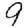
Digit: 9